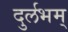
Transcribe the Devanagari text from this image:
दुर्लभम्